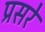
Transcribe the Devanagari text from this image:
प्रसरे